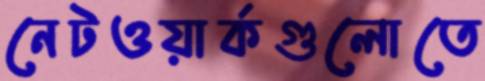
নেটওয়ার্কগুলোতে